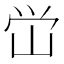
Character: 峃